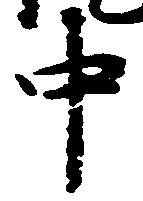
中